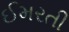
ઈમરતી